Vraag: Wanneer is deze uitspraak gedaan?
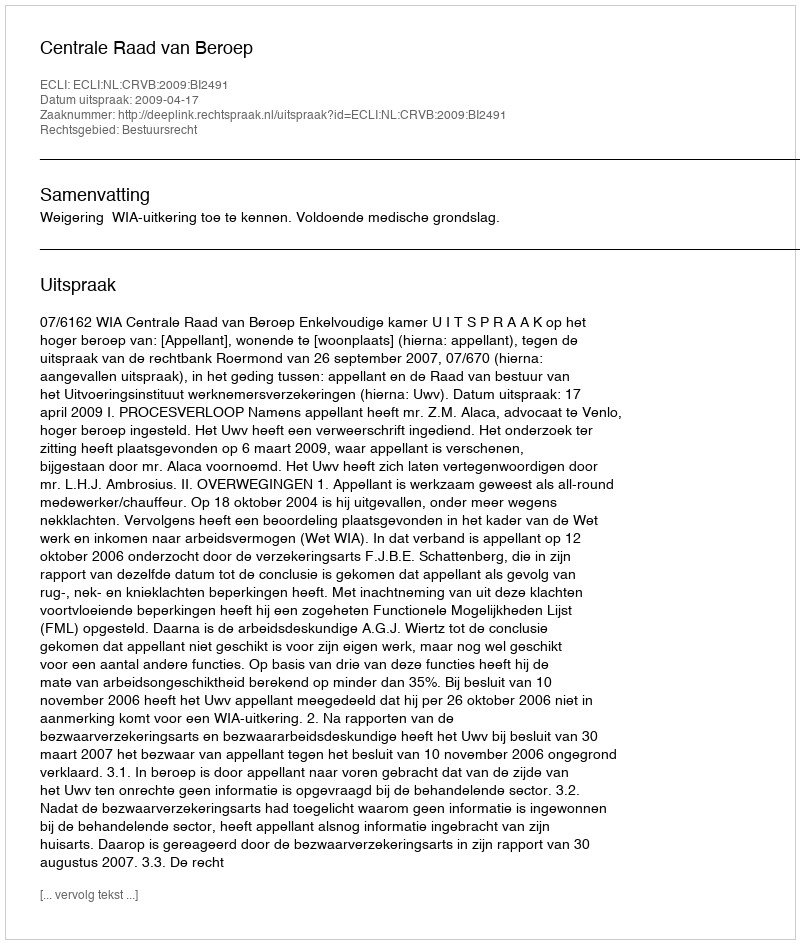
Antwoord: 2009-04-17